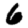
Digit: 6